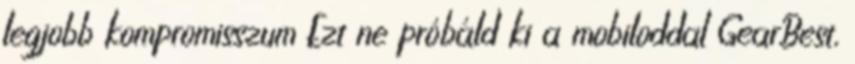
legjobb kompromisszum Ezt ne próbáld ki a mobiloddal GearBest,